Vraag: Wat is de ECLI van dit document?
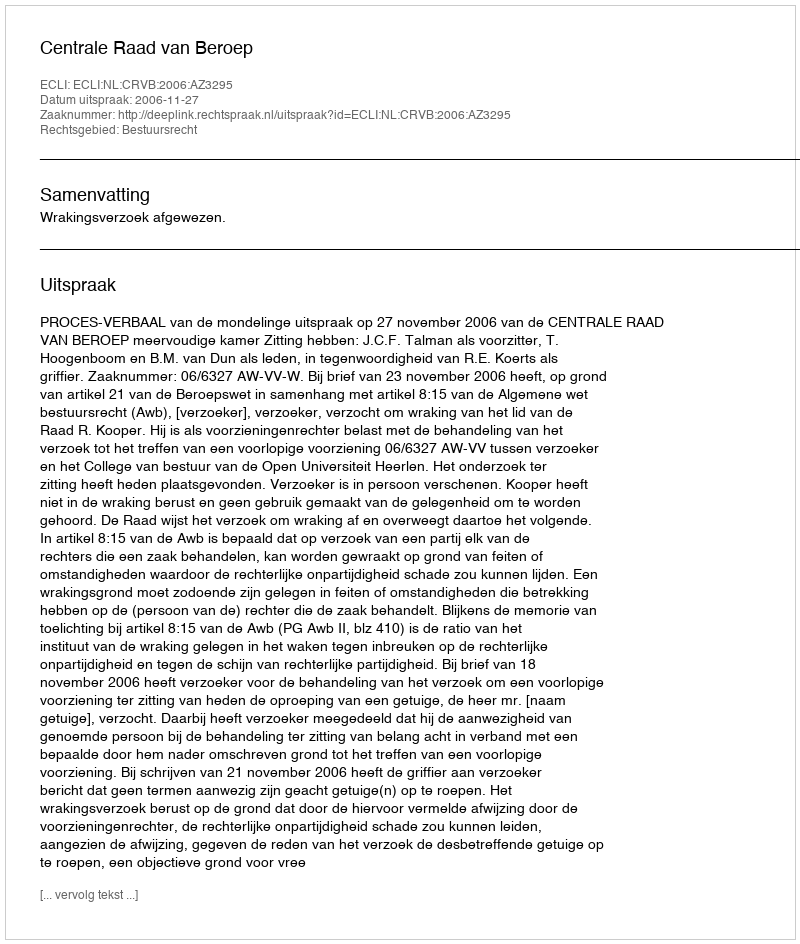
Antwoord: ECLI:NL:CRVB:2006:AZ3295